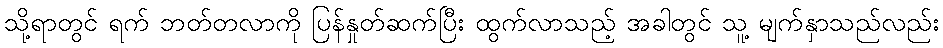
သို့ရာတွင် ရက် ဘတ်တလာကို ပြန်နှုတ်ဆက်ပြီး ထွက်လာသည့် အခါတွင် သူ့ မျက်နှာသည်လည်း